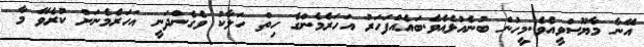
އޭނާ މާޔޫސްވީއެވެ.މީހުން ބުނެއުޅެއެވެ.ބައެއްފަހަރު އަހަރެމެންގެ ހިތް ހަލާކު ވެގެންދަނީ އަހަރެމެނަށް ކުރެވޭ މާ